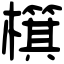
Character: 檱